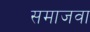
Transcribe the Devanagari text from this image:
समाजवा